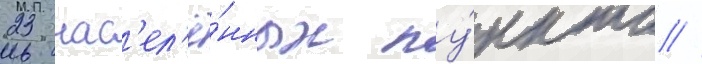
23 нас'ел'ё́нных пу́нкта //